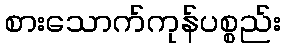
စားသောက်ကုန်ပစ္စည်း